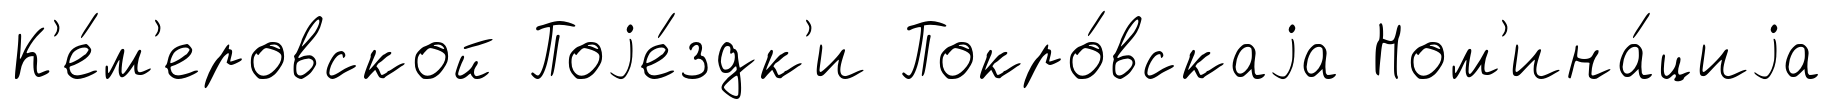
К'е́м'еровской Поjе́здк'и Покро́вскаjа Ном'ина́циjа